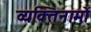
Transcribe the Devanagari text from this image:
व्यक्‍तिनामों